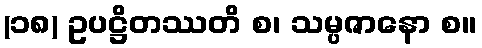
(၁၈) ဥပဋ္ဌိတဿတိ စ၊ သမ္ပဇာနော စ။